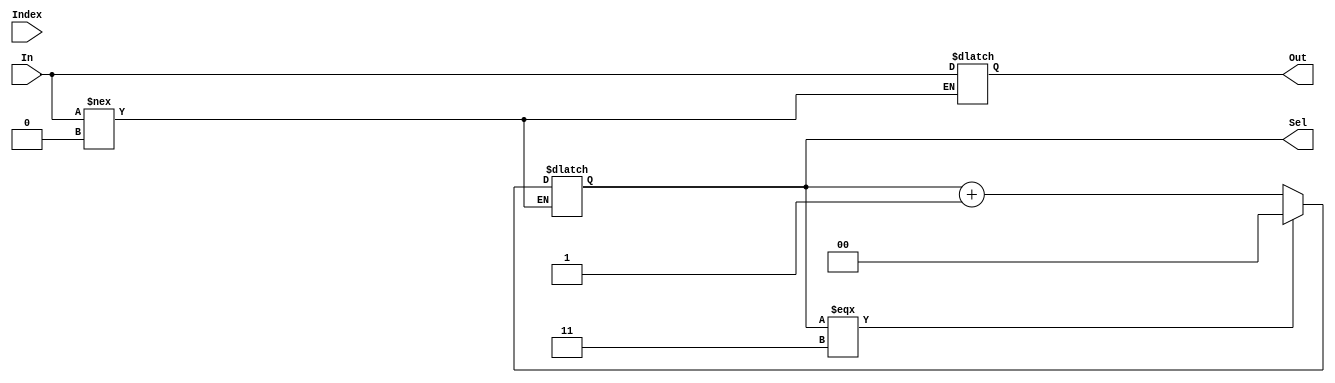
module CacheFIFO(In,Index, Sel, Out);
input [144:0] In;
input [3:0] Index;
output reg [1:0]Sel;
output reg [144:0] Out;

initial 
begin
Sel = 2'b11;
end

always @(*)
begin
	if(In !== 144'b0)
	begin
		if(Sel === 2'b11)
		begin
		Out = In;
		Sel = 2'b00;
		end
	else
		begin
		Out = In;
		Sel = Sel + 1'b1;
		end
	end
	else
		begin
		Sel = Sel;
		end
	
end
endmodule